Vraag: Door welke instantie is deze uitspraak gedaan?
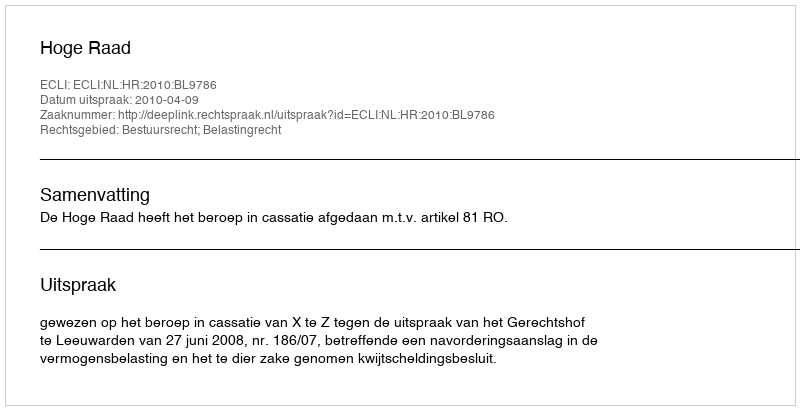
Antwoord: Hoge Raad